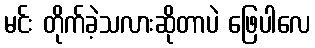
မင်း တိုက်ခဲ့သလားဆိုတာပဲ ဖြေပါလေ